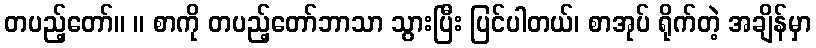
တပည့်တော်။ ။ စာကို တပည့်တော်ဘာသာ သွားပြီး ပြင်ပါတယ်၊ စာအုပ် ရိုက်တဲ့ အချိန်မှာ